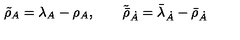
\tilde { { \rho } } _ { A } = \lambda _ { A } - \rho _ { A } , \qquad \tilde { \bar { \rho } } _ { \dot { A } } = \bar { \lambda } _ { \dot { A } } - \bar { \rho } _ { \dot { A } }